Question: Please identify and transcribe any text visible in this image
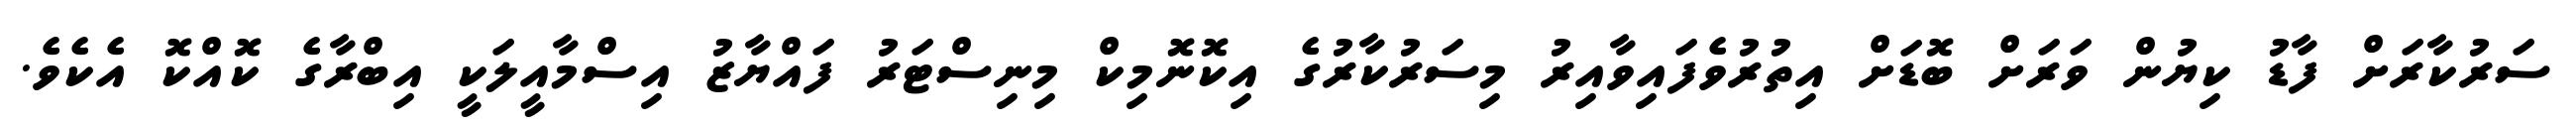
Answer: ސަރުކާރަށް ފާޑު ކިޔުން ވަރަށް ބޮޑަށް އިތުރުވެފައިވާއިރު މިސަރުކާރުގެ އިކޮނޮމިކް މިނިސްޓަރު ފައްޔާޒު އިސްމާއީލަކީ އިބްރާގެ ކޮއްކޮ އެކެވެ.